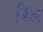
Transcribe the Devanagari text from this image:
रेिड